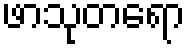
ဖာသုတရော